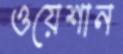
ওয়েশান